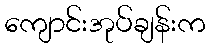
ကျောင်းအုပ်ချန်းက